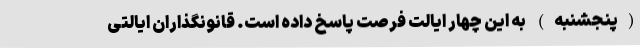
(پنجشنبه) به این چهار ایالت فرصت پاسخ داده است. قانونگذاران ایالتی